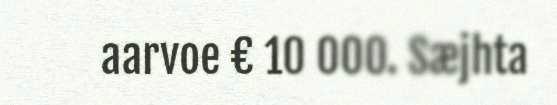
aarvoe € 10 000. Sæjhta